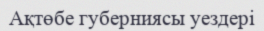
Ақтөбе губерниясы уездері